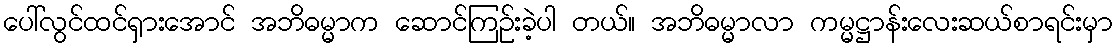
ပေါ်လွင်ထင်ရှားအောင် အဘိဓမ္မာက ဆောင်ကြဉ်းခဲ့ပါ တယ်။ အဘိဓမ္မာလာ ကမ္မဋ္ဌာန်းလေးဆယ်စာရင်းမှာ